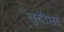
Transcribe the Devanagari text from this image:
सुदीप्ता